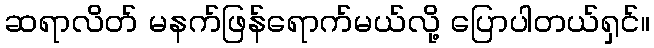
ဆရာလိတ် မနက်ဖြန်ရောက်မယ်လို့ ပြောပါတယ်ရှင်။